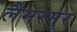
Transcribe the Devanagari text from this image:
लैमरमूर